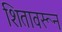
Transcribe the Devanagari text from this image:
शितावरून